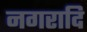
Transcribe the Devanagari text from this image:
नगरादि